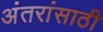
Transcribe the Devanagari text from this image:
अंतरांसाठी